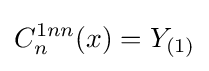
C_{n}^{1nn}(x)=Y_{(1)}